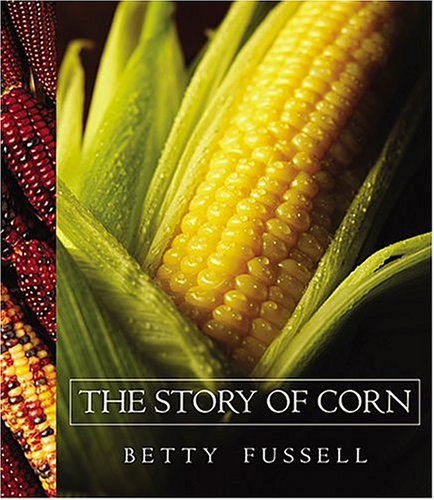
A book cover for The Story of Corn; Betty Fussell; Science & Math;